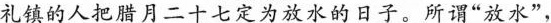
礼镇的人把腊月二十七定为放水的日子。所谓“放水”，